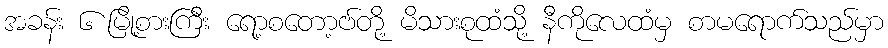
အခန်း ၆ မြို့စားကြီး ရော့စတော့ဗ်တို့ မိသားစုထံသို့ နီကိုလေထံမှ စာမရောက်သည်မှာ